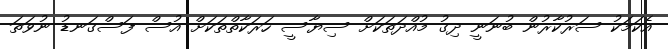
އެކަމަކު ސަރުކާރުން ބުނަނީ ދިގު މުއްދަތަކަށް ސިޔާސީ ހަރަކާތްތަކަށް އުސް ފަސްގަނޑު ނުވަތަ